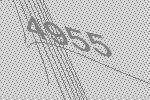
4955